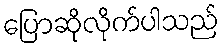
ပြောဆိုလိုက်ပါသည်